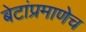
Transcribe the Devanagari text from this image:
बेटांप्रमाणेच